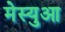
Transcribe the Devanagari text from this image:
मेस्युआ